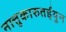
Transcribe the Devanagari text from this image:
नात्तुकारुतईयुन